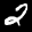
Label: 2